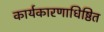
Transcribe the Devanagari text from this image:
कार्यकारणाधिष्ठित